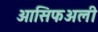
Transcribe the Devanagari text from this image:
आसिफअली